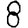
Digit: 8